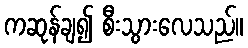
ကဆုန်ချ၍ စီးသွားလေသည်။